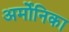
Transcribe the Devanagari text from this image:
अर्मोनिका